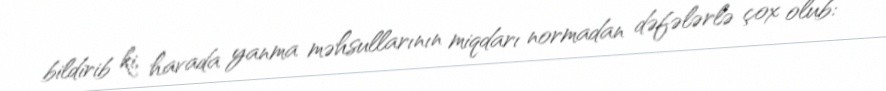
bildirib ki, havada yanma məhsullarının miqdarı normadan dəfələrlə çox olub: